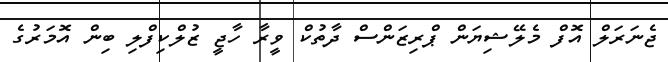
ޖެނަރަލް އޮފް މެލޭޝިޔަން ޕްރިޒަންސް ދާތުކް ވީރާ ހާޖީ ޒުލްކިފްލި ބިން އޮމަރުގެ